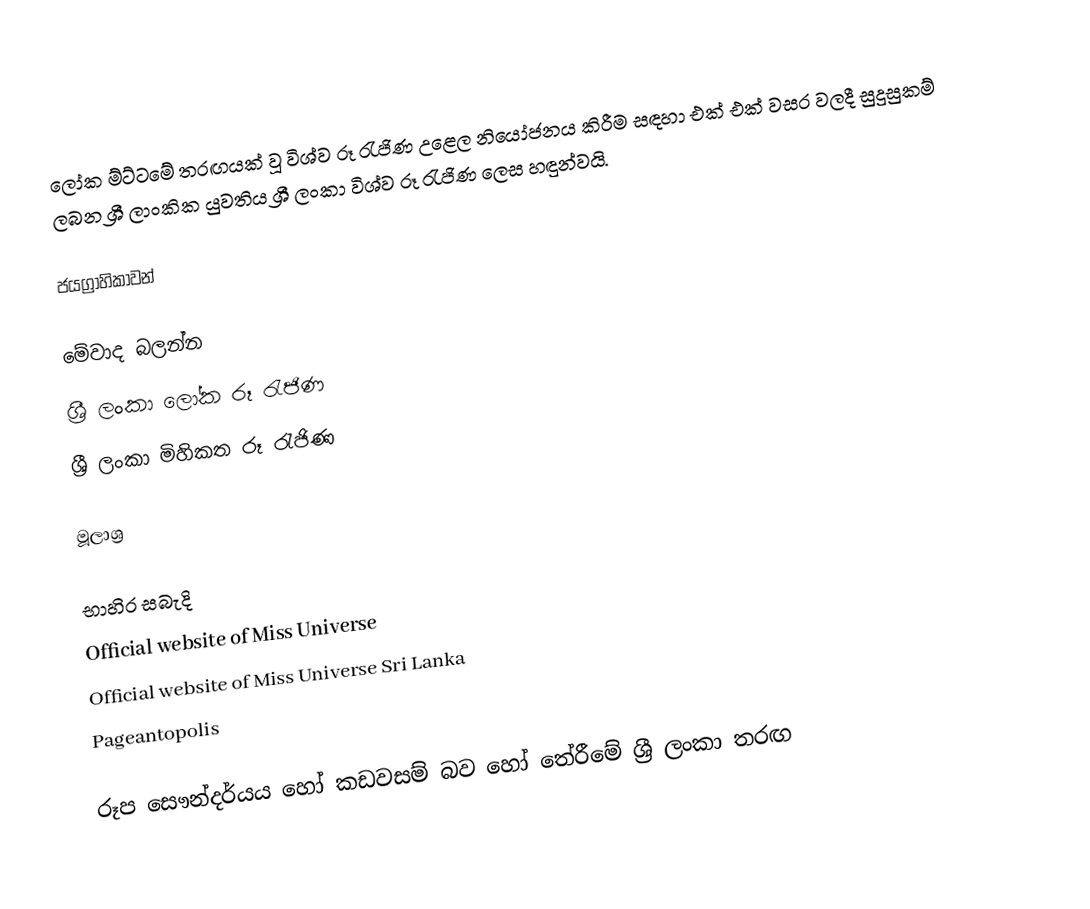
ලෝක ම්ට්ටමේ තරඟයක් වූ විශ්ව රූ රැජිණ උළෙල නියෝජනය කිරීම සඳහා එක් එක් වසර වලදී සුදුසුකම් ලබන ශ්‍රී ලාංකික යුවතිය ශ්‍රී ලංකා විශ්ව රූ රැජිණ ලෙස හඳුන්වයි.

ජයග්‍රාහිකාවන්

මේවාද බලන්න
ශ්‍රී ලංකා ලෝක රූ රැජිණ
ශ්‍රී ලංකා මිහිකත රූ රැජිණ

මූලාශ්‍ර

භාහිර සබැදි
 Official website of Miss Universe
 Official website of Miss Universe Sri Lanka
 Pageantopolis

රූප සෞන්දර්යය හෝ කඩවසම් බව හෝ තේරීමේ ශ්‍රී ලංකා තරඟ